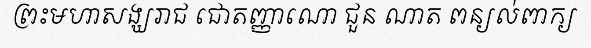
ព្រះមហាសង្ឃរាជ ជោតញ្ញាណោ ជួន ណាត ពន្យល់ពាក្យ